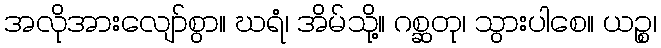
အလိုအားလျော်စွာ။ ဃရံ၊ အိမ်သို့။ ဂစ္ဆတု၊ သွားပါစေ။ ယဉ္စ၊